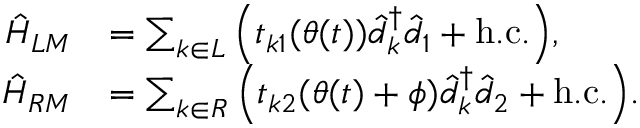
\begin{array} { r l } { \hat { H } _ { L M } } & { = \sum _ { k \in L } \Big ( t _ { k 1 } ( \theta ( t ) ) \hat { d } _ { k } ^ { \dagger } \hat { d } _ { 1 } + \mathrm { h . c . } \Big ) , } \\ { \hat { H } _ { R M } } & { = \sum _ { k \in R } \Big ( t _ { k 2 } ( \theta ( t ) + \phi ) \hat { d } _ { k } ^ { \dagger } \hat { d } _ { 2 } + \mathrm { h . c . } \Big ) . } \end{array}